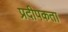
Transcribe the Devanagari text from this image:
प्रदीपकता